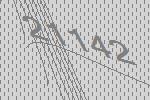
21142